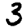
Digit: 3